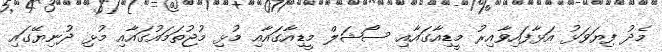
މެދު ފިޔަވަޅު އަޅާފައިވާއިރު މީޑިއާގައާއި ސޯޝަލް މީޑިއާގައާއި މުޅި މުޖުތަމައުގައާއި މުޅި ދުނިޔޭގައި